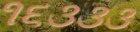
૧૬૩૩૩